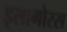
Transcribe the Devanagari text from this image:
इसागोरस